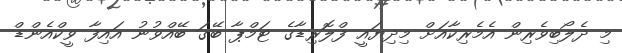
މި ދެލޯބިވެރިން އެމެރިކާއަށް މިދިޔައީ ފްލޮރިޑާގެ ޓަމްޕާ ބޭގަ ބޭއްވުނު އައިފާ ވީކްއެންޑް